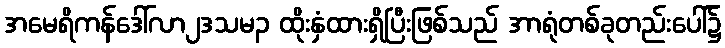
အမေရိကန်ဒေါ်လာ၂ဒသမ၃ ထိုးနှံထားရှိပြီးဖြစ်သည် အာရုံတစ်ခုတည်းပေါ်၌